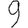
Digit: 9